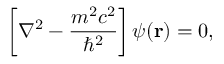
\left[ \nabla ^ { 2 } - { \frac { m ^ { 2 } c ^ { 2 } } { \hbar ^ { 2 } } } \right] \psi ( \mathbf { r } ) = 0 ,